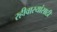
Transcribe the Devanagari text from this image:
रहीवास्यांसाठी